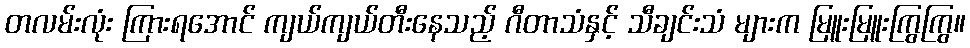
တလမ်းလုံး ကြားရအောင် ကျယ်ကျယ်တီးနေသည့် ဂီတာသံနှင့် သီချင်းသံ များက မြူးမြူးကြွကြွ။